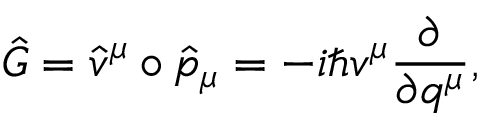
\hat { G } = \hat { v } ^ { \mu } \circ \hat { p } _ { \mu } = - i \hbar v ^ { \mu } \frac { \partial } { \partial q ^ { \mu } } ,